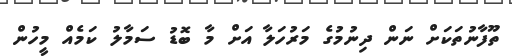
ތޫފާނުތަކަށް ނަން ދިނުމުގެ މަރުހަލާ އަށް މާ ބޮޑު ސަމާލު ކަމެއް މީހުން